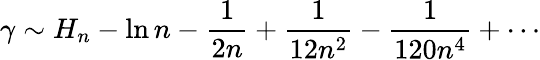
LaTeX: \gamma\sim H_{n}-\ln n-{\frac{1}{2n}}+{\frac{1}{12n^{2}}}-{\frac{1}{120n^{4}}}+\cdots